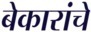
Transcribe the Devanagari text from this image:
बेकारांचे